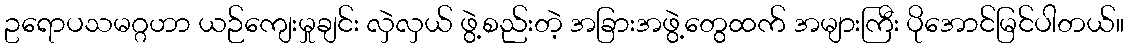
ဥရောပသမဂ္ဂဟာ ယဉ်ကျေးမှုချင်း လှဲလှယ် ဖွဲ့စည်းတဲ့ အခြားအဖွဲ့တွေထက် အများကြီး ပိုအောင်မြင်ပါတယ်။